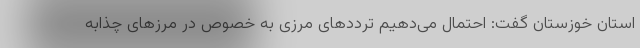
استان خوزستان گفت: احتمال می‌دهیم ترددهای مرزی به خصوص در مرزهای چذابه